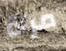
مرآة